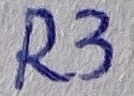
Text: R3